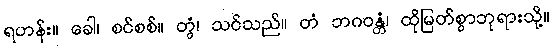
ရဟန်း။ ခေါ၊ စင်စစ်။ တွံ၊ သင်သည်။ တံ ဘဂဝန္တံ၊ ထိုမြတ်စွာဘုရားသို့။